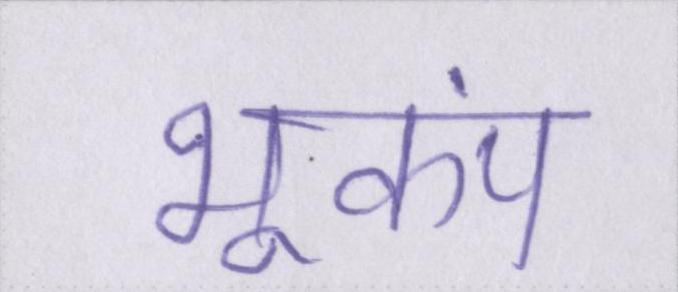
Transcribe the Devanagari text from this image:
भूकंप